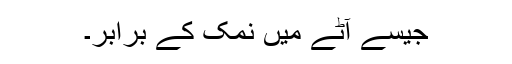
جیسے آٹے میں نمک کے برابر۔